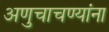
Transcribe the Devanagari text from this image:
अणुचाचण्यांना